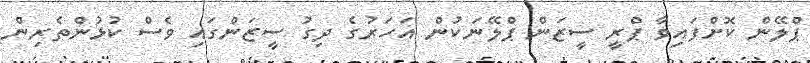
ޕްލޭން ކޮށްފައިވާ ޕްރީ ސީޒަން ޕްލޭނަކުން އަހަރުގެ ދިގު ސީޒަންގައި ވެސް ކުޅުންތެރިން